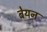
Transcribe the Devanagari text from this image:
बेयन